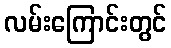
လမ်းကြောင်းတွင်